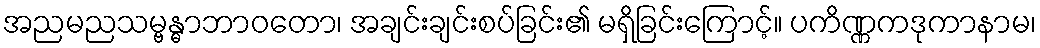
အညမညသမ္ဗန္ဓာဘာဝတော၊ အချင်းချင်းစပ်ခြင်း၏ မရှိခြင်းကြောင့်။ ပကိဏ္ဏကဒုကာနာမ၊